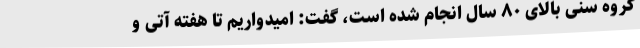
گروه سنی بالای ۸۰ سال انجام شده است، گفت: امیدواریم تا هفته آتی و